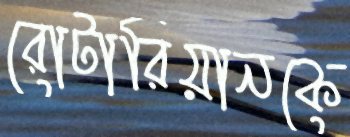
রোটারিয়ানকে